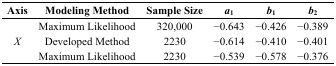
<table><thead><tr><td><b>Axis</b></td><td><b>Modeling Method</b></td><td><b>Sample Size</b></td><td><b><i>a</i><sub>1</sub></b></td><td><b><i>b</i><sub>1</sub></b></td><td><b><i>b</i><sub>2</sub></b></td></tr></thead><tbody><tr><td rowspan="3"><i>X</i></td><td>Maximum Likelihood</td><td>320,000</td><td>−0.643</td><td>−0.426</td><td>−0.389</td></tr><tr><td>Developed Method</td><td>2230</td><td>−0.614</td><td>−0.410</td><td>−0.401</td></tr><tr><td>Maximum Likelihood</td><td>2230</td><td>−0.539</td><td>−0.578</td><td>−0.376</td></tr></tbody></table>